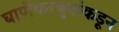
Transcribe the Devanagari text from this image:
घाणेकरबुवांकडून